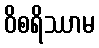
ဝိစရိဿာမ